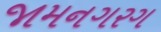
જામનગરગ